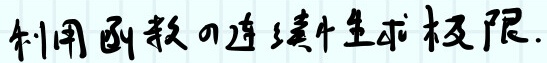
利用函数的连续性求极限.